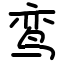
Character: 鸾